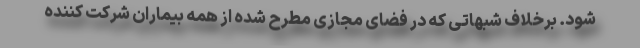
شود. برخلاف شبهاتی که در فضای مجازی مطرح شده از همه بیماران شرکت کننده